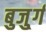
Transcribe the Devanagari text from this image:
बुजु्र्ग